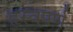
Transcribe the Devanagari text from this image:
हृस्वपर्ण